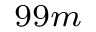
^ { 9 9 m }